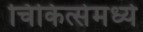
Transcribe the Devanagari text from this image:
चिकित्सेमध्ये